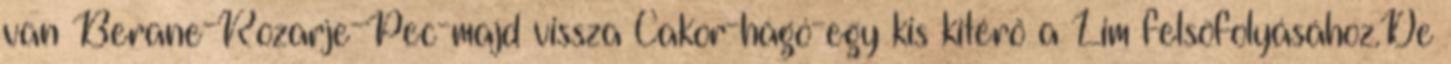
van Berane-Rozarje-Pec-majd vissza Cakor-hágó-egy kis kitérő a Lim felsöfolyásához.De